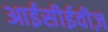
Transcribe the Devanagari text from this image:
आईसीईवीज़